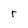
Character: r